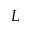
L